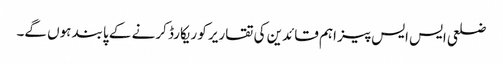
ضلعی ایس ایس پیز اہم قائدین کی تقاریر کو ریکارڈ کرنے کے پابند ہوں گے۔